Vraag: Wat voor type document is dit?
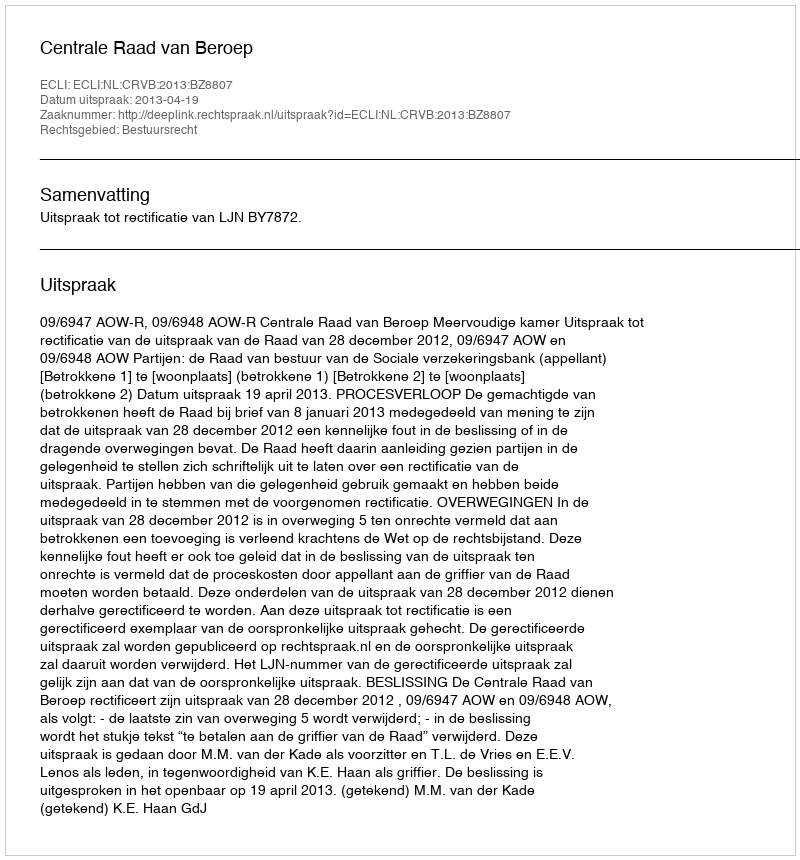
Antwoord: Uitspraak